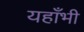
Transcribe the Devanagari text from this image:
यहाँभी